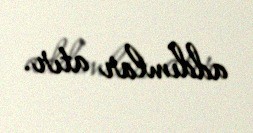
addımlar atır.